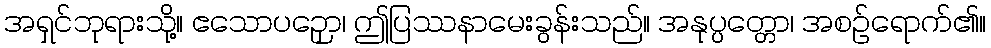
အရှင်ဘုရားသို့။ ဧသောပဉှော၊ ဤပြဿနာမေးခွန်းသည်။ အနုပ္ပတ္တော၊ အစဉ်ရောက်၏။